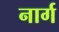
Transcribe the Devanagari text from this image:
नार्ग